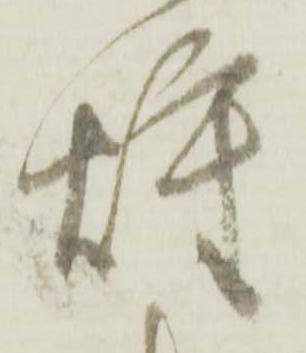
炷